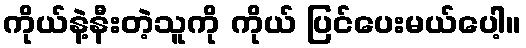
ကိုယ်နဲ့နီးတဲ့သူကို ကိုယ် ပြင်ပေးမယ်ပေါ့။